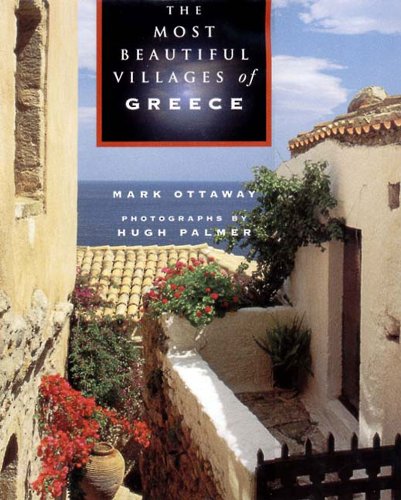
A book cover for The Most Beautiful Villages of Greece (Most Beautiful Villages); Mark Ottaway; Travel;